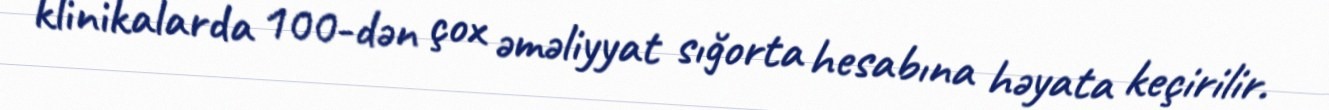
klinikalarda 100-dən çox əməliyyat sığorta hesabına həyata keçirilir.